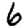
Digit: 6